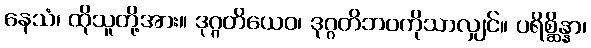
နေသံ၊ ထိုသူတို့အား။ ဒုဂ္ဂတိယေဝ၊ ဒုဂ္ဂတိဘဝကိုသာလျှင်။ ပရိစ္ဆိန္နာ၊